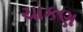
ચાકણ